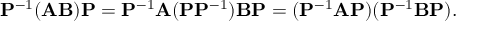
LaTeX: \mathbf { P } ^ { - 1 } ( \mathbf { A B } ) \mathbf { P } = \mathbf { P } ^ { - 1 } \mathbf { A } ( \mathbf { P } \mathbf { P } ^ { - 1 } ) \mathbf { B } \mathbf { P } = ( \mathbf { P } ^ { - 1 } \mathbf { A } \mathbf { P } ) ( \mathbf { P } ^ { - 1 } \mathbf { B } \mathbf { P } ) .